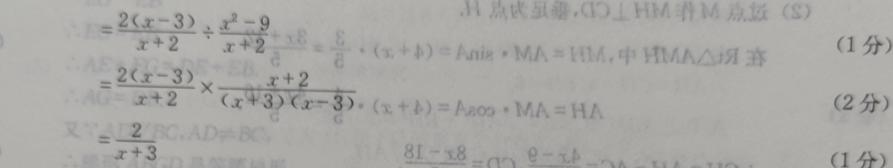
\[
\begin{align*}
&=\frac{2(x - 3)}{x + 2}\div\frac{x^{2}-9}{x + 2}\\
&=\frac{2(x - 3)}{x + 2}\times\frac{x + 2}{(x + 3)(x - 3)}\\
&=\frac{2}{x + 3}
\end{align*}
\]